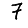
Digit: 7